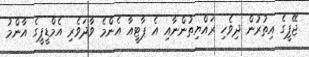
ޖޭޕީގެ އިތުރުން ދިވެހި ރައްޔިތުންނާއި އެ ޕާޓީއާ އެންމެ ވާދަވެރި އެމްޑީޕީގެ އާންމު